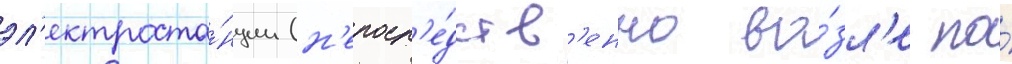
эл'ектроста́нции (н'епоср'е́дств'енно во́зл'е по́